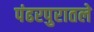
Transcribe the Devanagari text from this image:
पंढरपुरातले